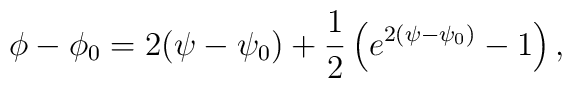
\phi - \phi_0 =  2(\psi - \psi_0)  + \frac{1}{2} \left( e^{2(\psi -\psi_0)} - 1 \right) ,